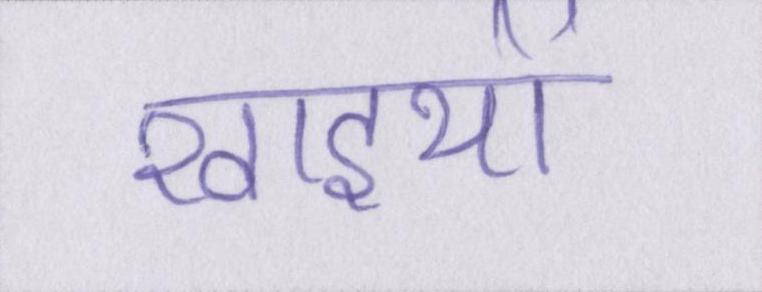
खाइयों